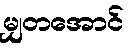
မျှတအောင်